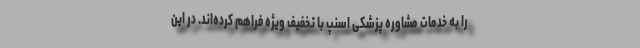
را به خدمات مشاوره پزشکی اسنپ با تخفیف ویژه فراهم کرده‌اند. در این